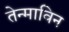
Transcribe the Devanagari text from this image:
तेन्माविन